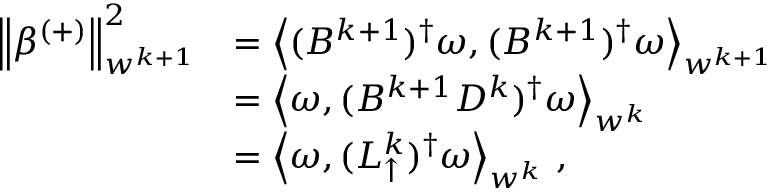
\begin{array} { r l } { \left\lVert \beta ^ { ( + ) } \right\rVert _ { w ^ { k + 1 } } ^ { 2 } } & { = \left\langle ( B ^ { k + 1 } ) ^ { \dagger } \omega , ( B ^ { k + 1 } ) ^ { \dagger } \omega \right\rangle _ { w ^ { k + 1 } } } \\ & { = \left\langle \omega , ( B ^ { k + 1 } D ^ { k } ) ^ { \dagger } \omega \right\rangle _ { w ^ { k } } } \\ & { = \left\langle \omega , ( L _ { \uparrow } ^ { k } ) ^ { \dagger } \omega \right\rangle _ { w ^ { k } } \, , } \end{array}